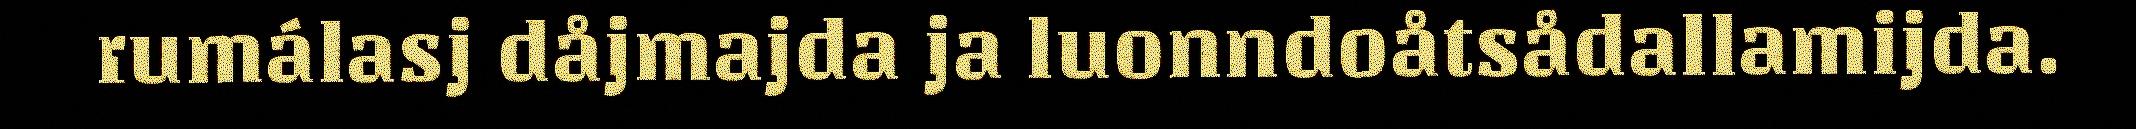
rumálasj dåjmajda ja luonndoåtsådallamijda.